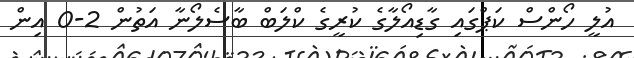
އުލީ ހޯންސް ކަޕްގައި ގާޑިއޯލާގެ ކުރީގެ ކްލަބް ބާސެލޯނާ އަތުން 2-0 އިން